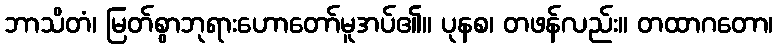
ဘာသိတံ၊ မြတ်စွာဘုရားဟောတော်မူအပ်၏။ ပုနစ၊ တဖန်လည်း။ တထာဂတော၊